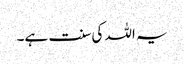
یہ اللہ کی سنت ہے۔